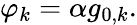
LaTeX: \varphi_{k}=\alpha g_{0,k}.